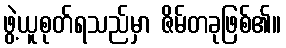
ဖွဲ့ယူစုတ်ရသည်မှာ ဇိမ်တခုဖြစ်၏။